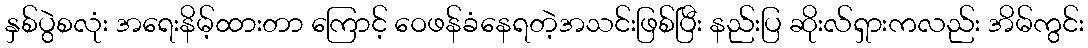
နှစ်ပွဲစလုံး အရေးနိမ့်ထားတာ ကြောင့် ဝေဖန်ခံနေရတဲ့အသင်းဖြစ်ပြီး နည်းပြ ဆိုးလ်ရှားကလည်း အိမ်ကွင်း